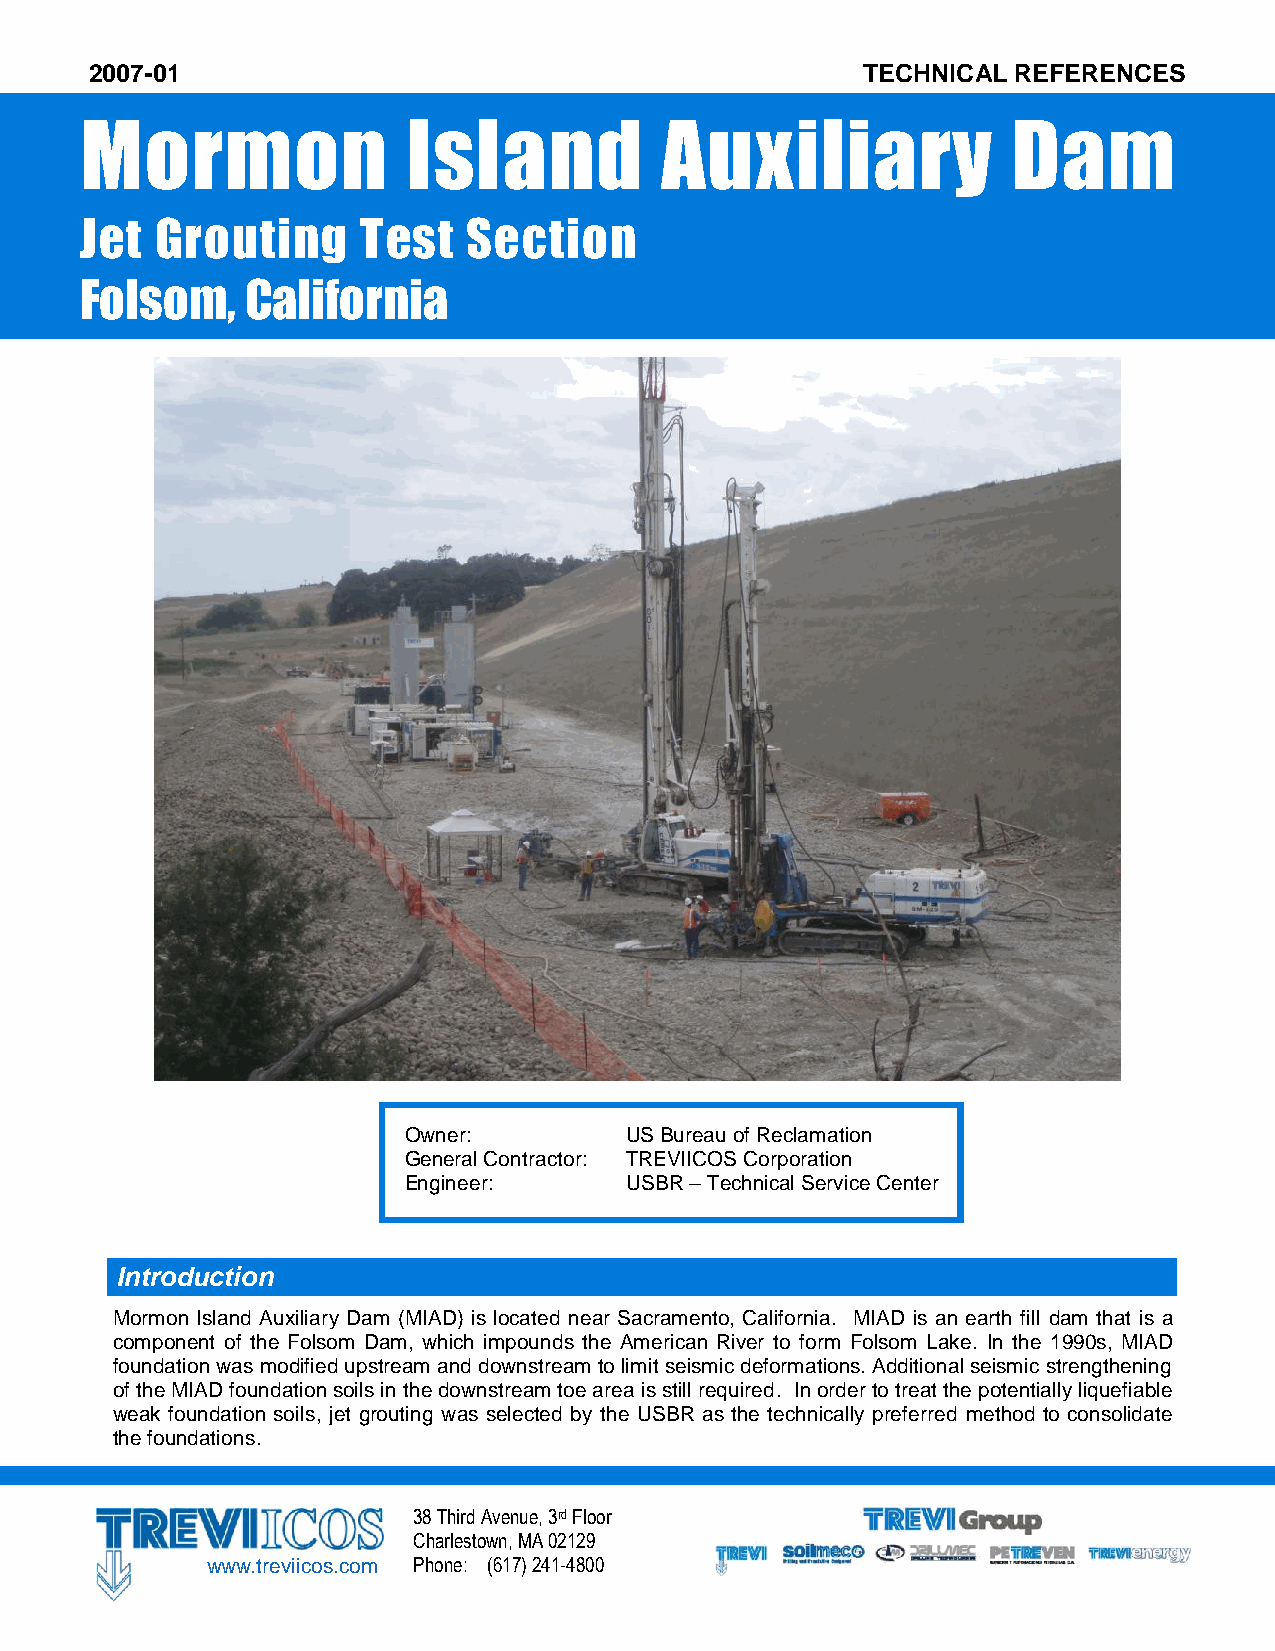
2007-01                                            TECHNICAL REFERENCES
 Mormon                Island           Auxiliary              Dam
 J et Grouting      Test   Section
 Folsom,    California
 Owner:        US Bureau of Reclamation
 General Contractor: TREVIICOS Corporation
 Engineer:     USBR – Technical Service Center
 Introduction
 Mormon Island Auxiliary Dam (MIAD) is located near Sacramento, California. MIAD is an earth fill dam that is a
 component of the Folsom Dam, which impounds the American River to form Folsom Lake. In the 1990s, MIAD
 foundation was modified upstream and downstream to limit seismic deformations. Additional seismic strengthening
 of the MIAD foundation soils in the downstream toe area is still required. In order to treat the potentially liquefiable
 weak foundation soils, jet grouting was selected by the USBR as the technically preferred method to consolidate
 the foundations.
 .
 38 Third Avenue, 3rd Floor
 Charlestown, MA 02129
 www.treviicos.com Phone: (617) 241-4800